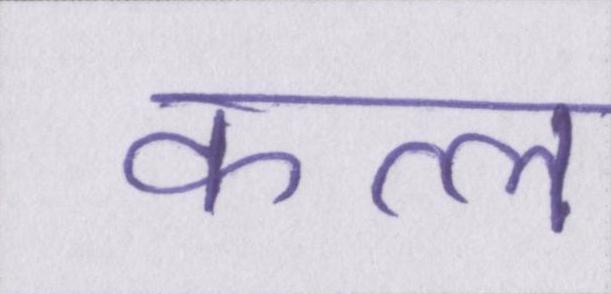
कत्ल